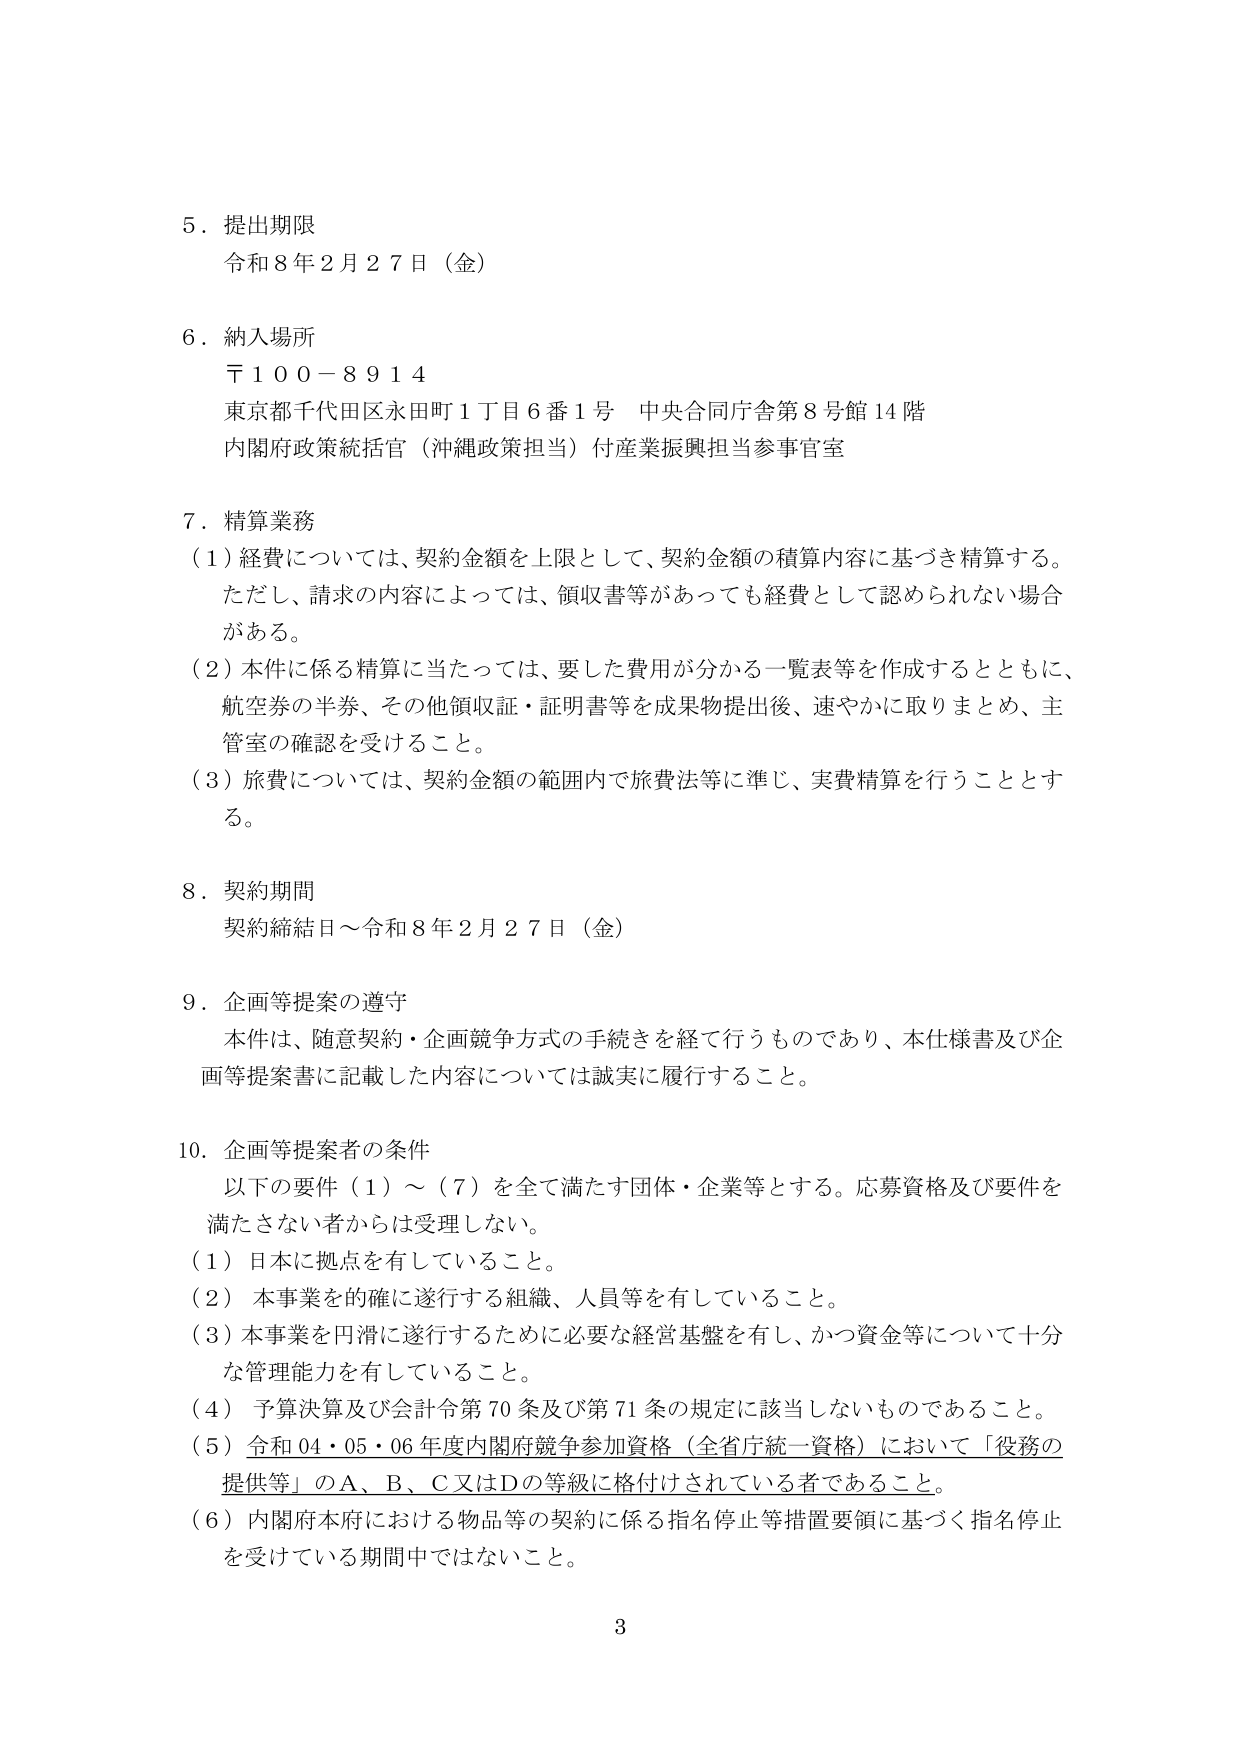
5．提出期限
令和8年2月27日（金）

6．納入場所
〒100－8914
東京都千代田区永田町1丁目6番1号 中央合同庁舎第8号館14階
内閣府政策統括官（沖縄政策担当）付産業振興担当参事官室

7．精算業務
（1）経費については、契約金額を上限として、契約金額の積算内容に基づき精算する。
ただし、請求の内容によっては、領収書等があっても経費として認められない場合がある。
（2）本件に係る精算に当たっては、要した費用が分かる一覧表等を作成するとともに、航空券の半券、その他領収証・証明書等を成果物提出後、速やかに取りまとめ、主管室の確認を受けること。
（3）旅費については、契約金額の範囲内で旅費法等に準じ、実費精算を行うこととする。

8．契約期間
契約締結日～令和8年2月27日（金）

9．企画等提案の遵守
本件は、随意契約・企画競争方式の手続きを経て行うものであり、本仕様書及び企画等提案書に記載した内容については誠実に履行すること。

10．企画等提案者の条件
以下の要件（1）～（7）を全て満たす団体・企業等とする。応募資格及び要件を満たさない者からは受理しない。
（1）日本に拠点を有していること。
（2）本事業を的確に遂行する組織、人員等を有していること。
（3）本事業を円滑に遂行するために必要な経営基盤を有し、かつ資金等について十分な管理能力を有していること。
（4）予算決算及び会計令第70条及び第71条の規定に該当しないものであること。
（5）令和04・05・06年度内閣府競争参加資格（全省庁統一資格）において「役務の提供等」のA、B、C又はDの等級に格付けされている者であること。
（6）内閣府本府における物品等の契約に係る指名停止等措置要領に基づく指名停止を受けている期間中ではないこと。

3